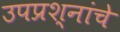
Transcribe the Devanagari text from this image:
उपप्रश्नांचे